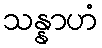
သန္နာဟံ